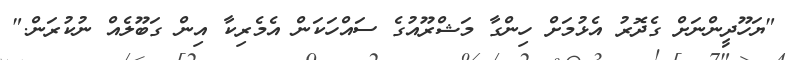
"ޔަހޫދީންނަށް ގެދޮރު އެޅުމަށް ހިންގާ މަޝްރޫއުގެ ސައްހަކަން އެމެރިކާ އިން ގަބޫލެއް ނުކުރަން."